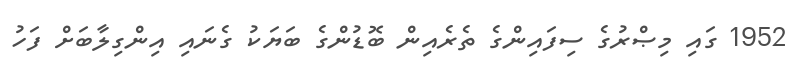
1952 ގައި މިޞްރުގެ ސިފައިންގެ ތެރެއިން ބޮޑުންގެ ބަޔަކު ގެނައި އިންގިލާބަށް ފަހު